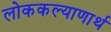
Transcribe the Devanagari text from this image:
लोककल्याणार्थ